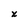
Character: x